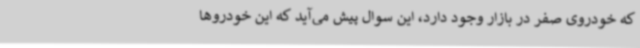
که خودروی صفر در بازار وجود دارد، این سوال پیش می‌آید که این خودروها